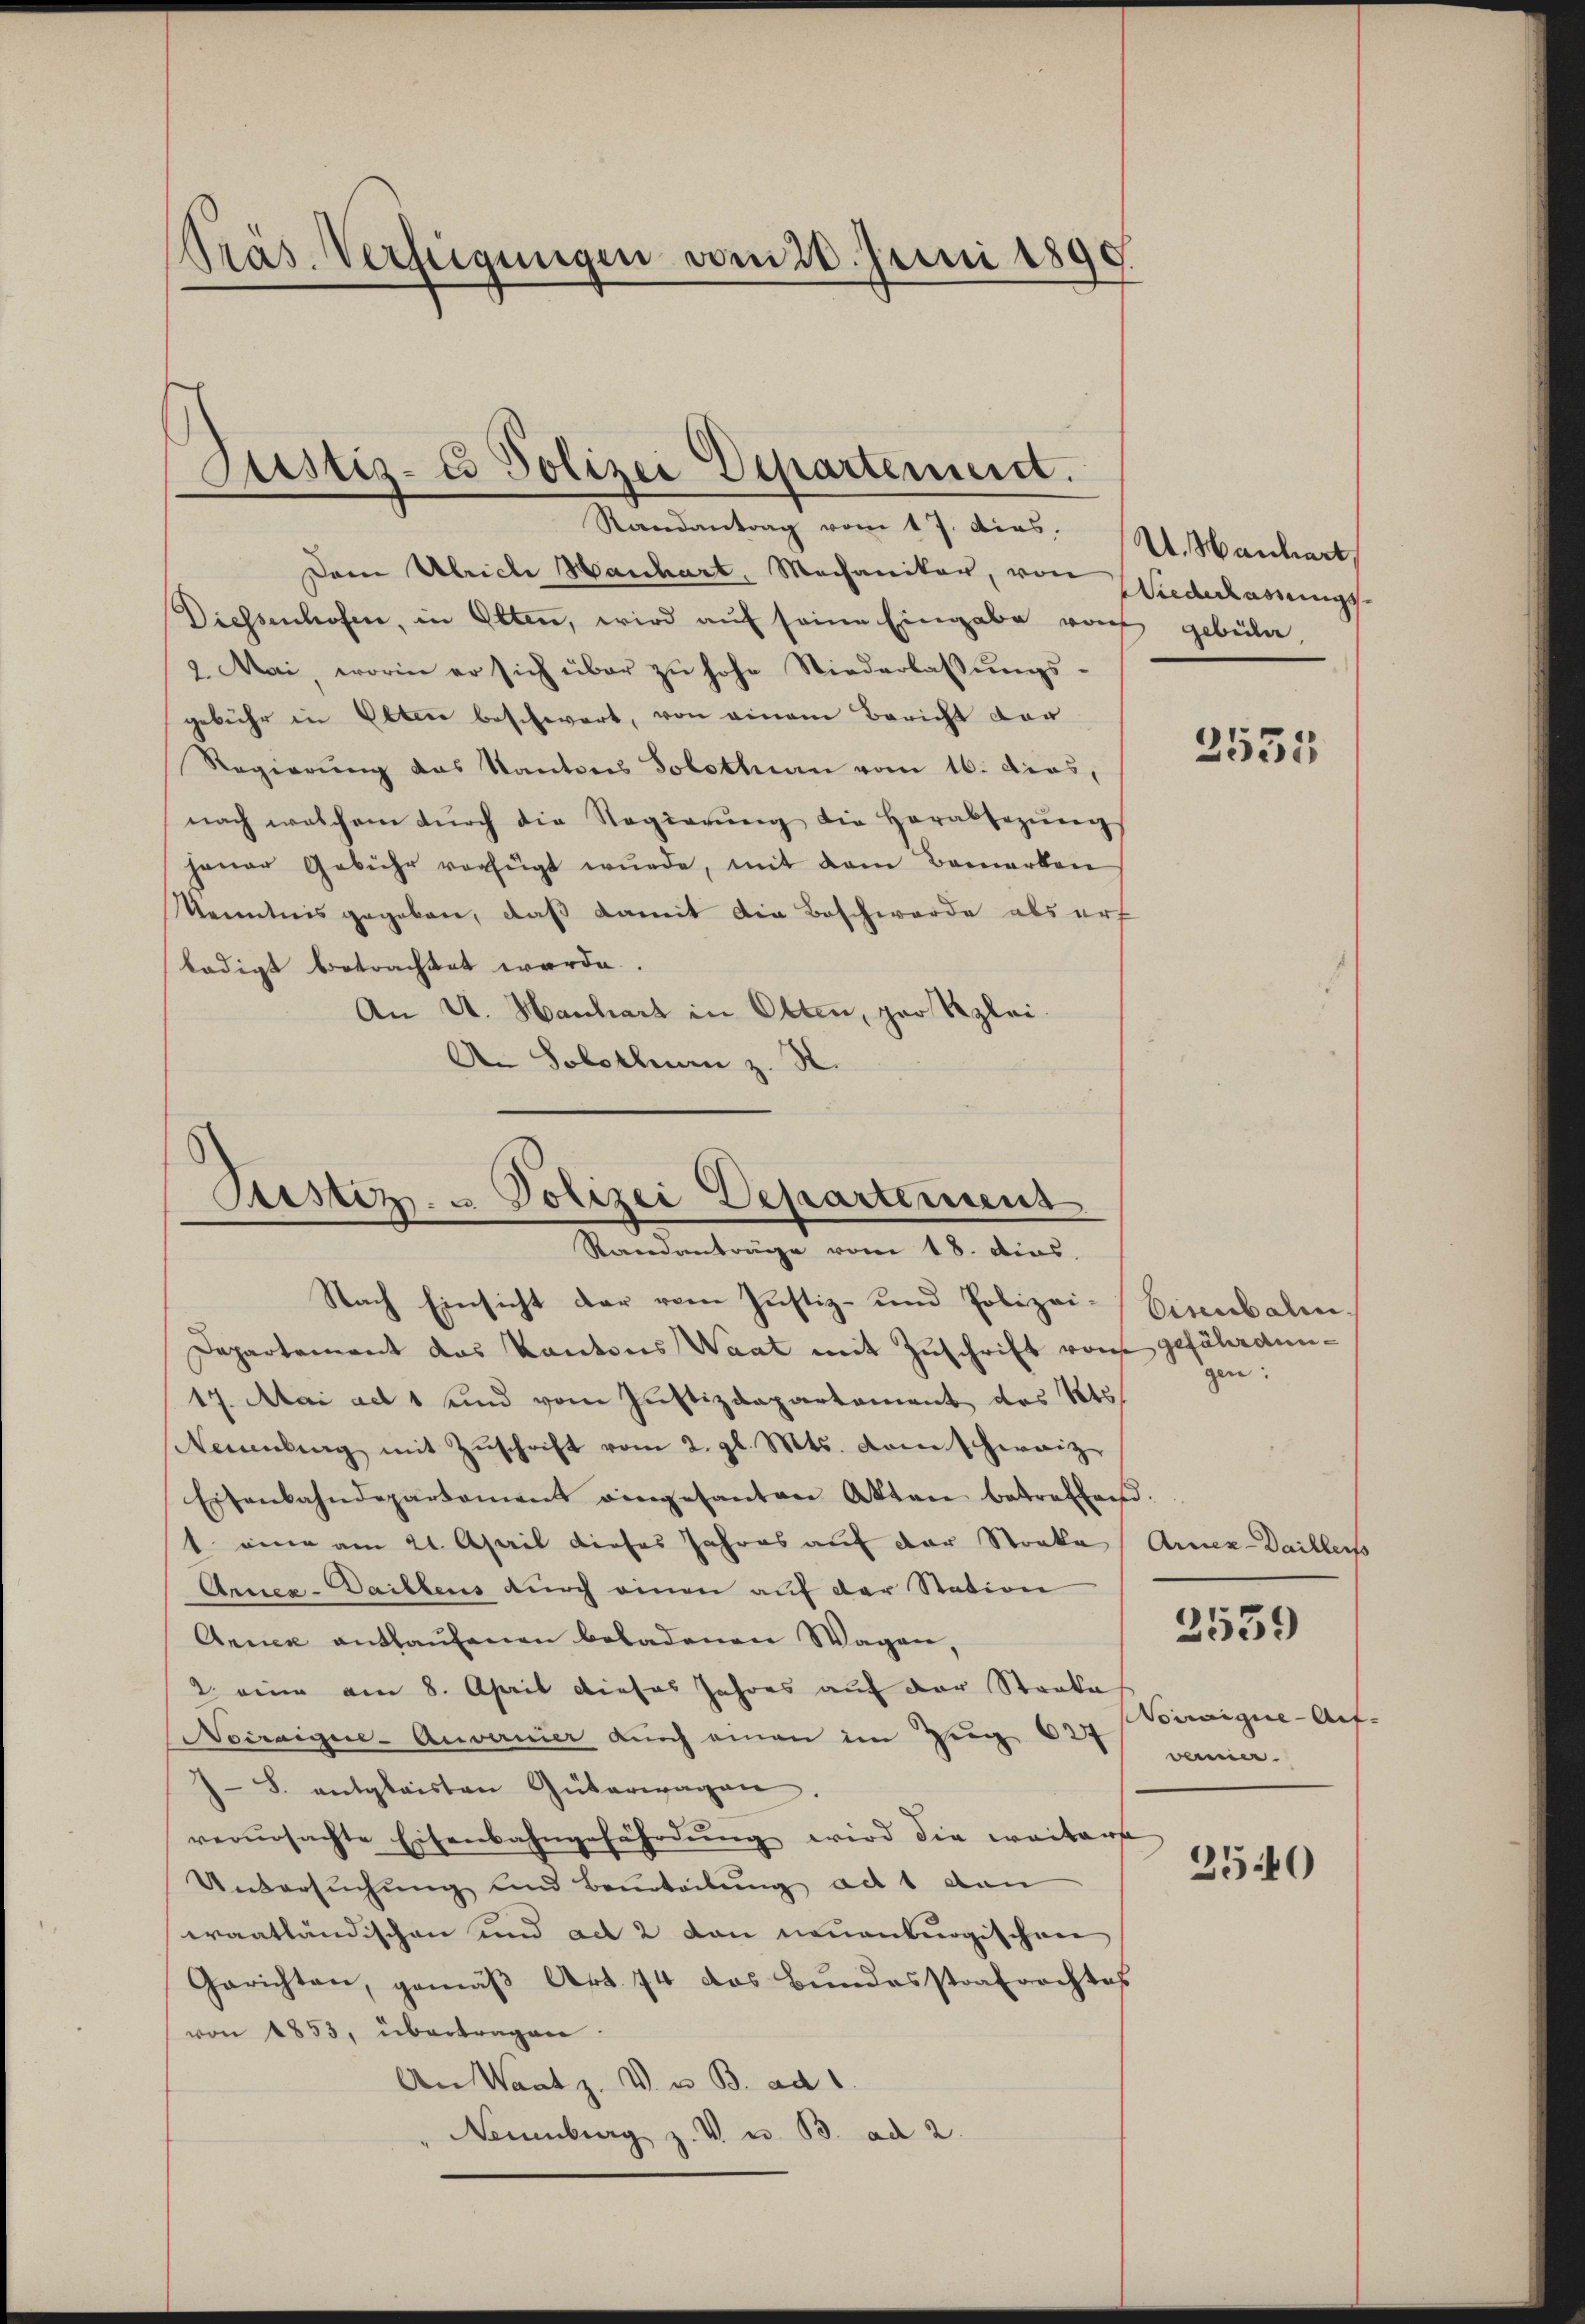
Präs. Verfügungen vom 28. Juni 1890.

Justiz- & Polizei Departemend.
Randantrag vom 17. dies.

Dem Ulriche Hanhart, Mechaniker, von Wiederlassungs-
Diessenhofen, in Olten, wird auf seine Eingabe woch gebüla,
2. Mai, worin er sich über zŭ hohe Niederlassŭngs-
gebühr in Olten beschwert, von einem Bericht der
Regierung das Kantons Solothurn vom 16. dies,
nach welchem dŭrch die Regierŭng die herabsezŭngs
haŭer Gebühr verfügt wŭrde, mit dem Bemerken
Kenntnis gegebene, daß damit die Beschwerde als erf
ledigt betrachtet werde.
An U. Hanhart in Olten, per Reglei¬
An Solothur z. S.

Justiz- & Polizei Departemens
Randanträge vom 18. dies
Nach Einsicht der vom Justiz- und Polizei¬

U. Hanhart

Departement das Kantons Waat mit Zuschrift von gefährdun¬
17. Mai ad 1 und vom Justizdepartement des Kts.
Neuenburg mit Zŭschrift vom 2. gl. Mts. Domschweiz
Eisenbahndepartement eingesanten Akten betreffend.
t eine am 21. April dieses Jahres auf der Streke / Arnez-Daillers
Arnez-Daillens durch einen auf der Station
Annex enthaufenen beladenen Wagen,
2. eine am 8. April dieses Jahres auf der Staate
Nocraigne-Anvernier durch einen im Zug 627
J S. entglaisten Güterwagen.
verursachte Eisenbahngefährdung wird die weiter
Untersuchung und Beurteilŭng ad 1 gan
waatländischen und act 2 von neuenburgischen
Gerichten, gemäβ Art. 74 das Bundesstrafrechtes
von 1853, übertragen.
An Waatz. V. u. B. ad 1.
Neuenburg z. V. u. B. ad 2.

2535

binubali
gen:

Voiraique-Aufvermier

2539

2540